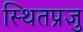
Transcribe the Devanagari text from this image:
स्थितप्रज्ञु